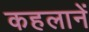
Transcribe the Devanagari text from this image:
कहलानें